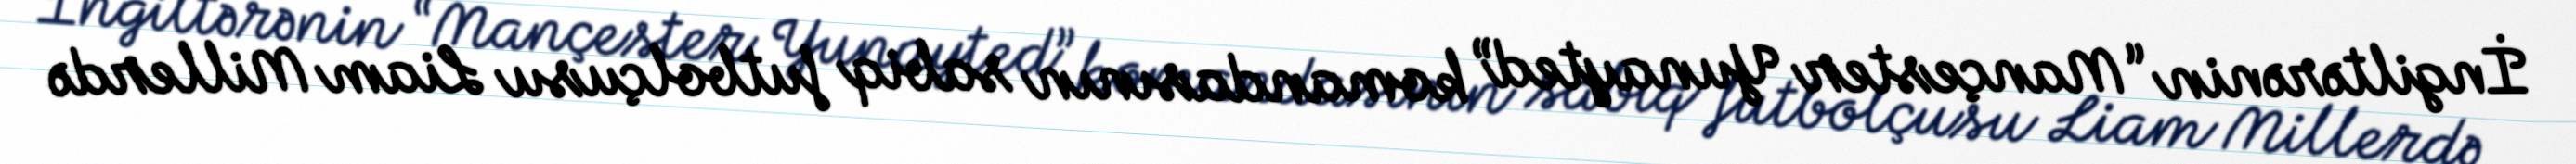
İngiltərənin “Mançester Yunayted” komandasının sabiq futbolçusu Liam Millerdə